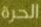
الحرة